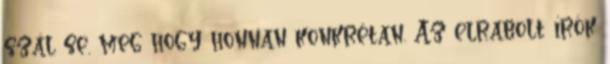
szál se. meg hogy honnan konkrétan. Az elrabolt írók